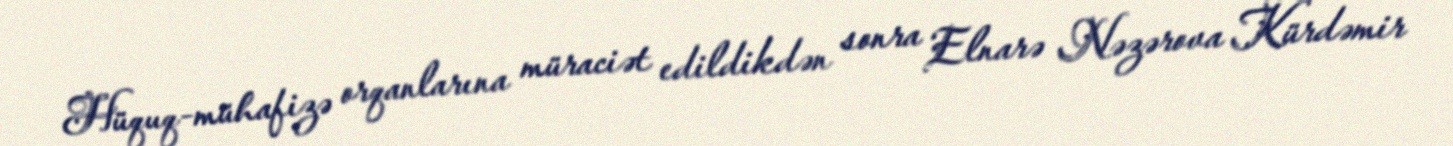
Hüquq-mühafizə orqanlarına müraciət edildikdən sonra Elnarə Nəzərova Kürdəmir